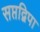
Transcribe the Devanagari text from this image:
सप्तद्विपा